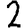
Digit: 2